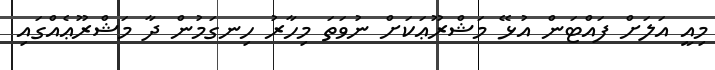
މިއީ އަލަށް ފައްޓަން އުޅޭ މަޝްރޫޢަކަށް ނުވަތަ މިހާރު ހިނގަމުން ދާ މަޝްރޫޢެއްގައި